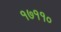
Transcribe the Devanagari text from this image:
१७११०